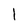
Character: 1